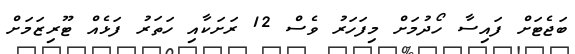
ބަޖެޓަށް ފައިސާ ހޯދުމަށް މިފަހަރު ވެސް 12 ރަށަކާއި ހަތަރު ފަޅެއް ޓޫރިޒަމަށް